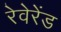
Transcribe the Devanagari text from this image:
रेवेरेंड